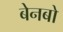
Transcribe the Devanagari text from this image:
बेनबो